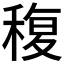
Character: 稪